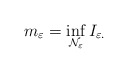
\begin{align*}m_{\varepsilon}=\inf_{{\mathcal N}_{\varepsilon}}I_{\varepsilon.}\end{align*}